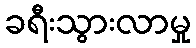
ခရီးသွားလာမှု